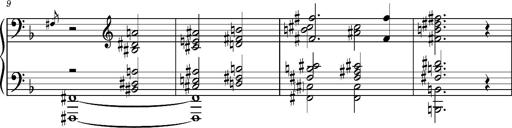
Title: Dante fragment, S.701e
Composer: Franz Liszt
Key: D minor